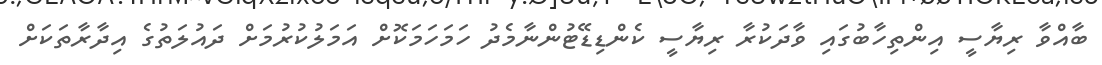
ބާއްވާ ރިޔާސީ އިންތިހާބުގައި ވާދަކުރާ ރިޔާސީ ކެންޑިޑޭޓުންނާމެދު ހަމަހަމަކޮށް އަމަލުކުރުމަށް ދައުލަތުގެ އިދާރާތަކަށް